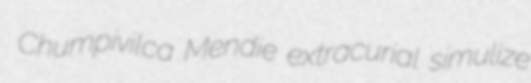
Chumpivilca Mendie extracurial simulize